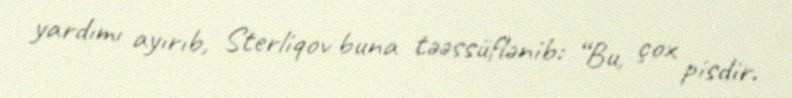
yardımı ayırıb, Sterliqov buna təəssüflənib: “Bu, çox pisdir.